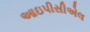
આઇપીસીએલ